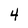
Character: 4